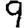
Digit: 9